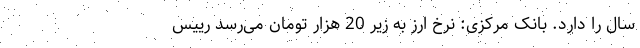
سال را دارد. بانک مرکزی: نرخ ارز به زیر 20 هزار تومان می‌رسد رییس